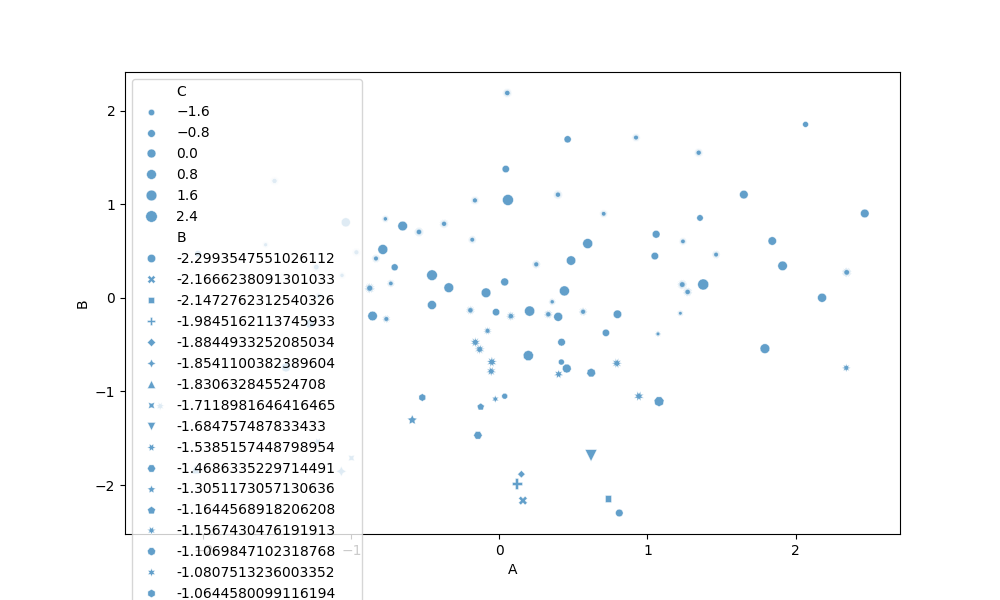
python, seaborn, scatterplot, hue='None', style='B', size='C', palette='deep', alpha=0.7